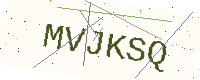
Text: MVJKSQ